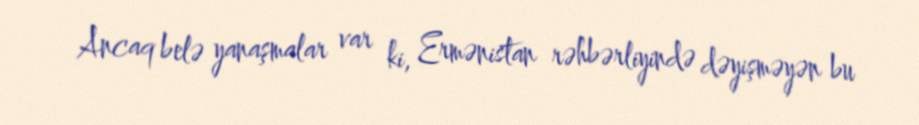
Ancaq belə yanaşmalar var ki, Ermənistan rəhbərliyində dəyişməyən bu